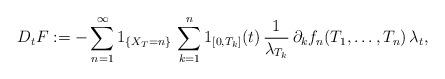
LaTeX: \begin{align*}D_tF:=-\sum_{n=1}^\infty 1_{\{X_T=n\}}\,\sum_{k=1}^n 1_{[0,T_k]}(t)\,\frac{1}{\lambda_{T_k}}\,\partial_k f_n(T_1,\ldots,T_n)\,\lambda_t,\end{align*}